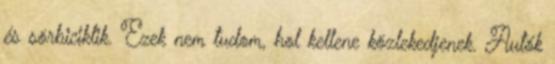
és sörbiciklik. Ezek nem tudom, hol kellene közlekedjenek. Autók